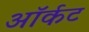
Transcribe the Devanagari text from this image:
ऑर्कट